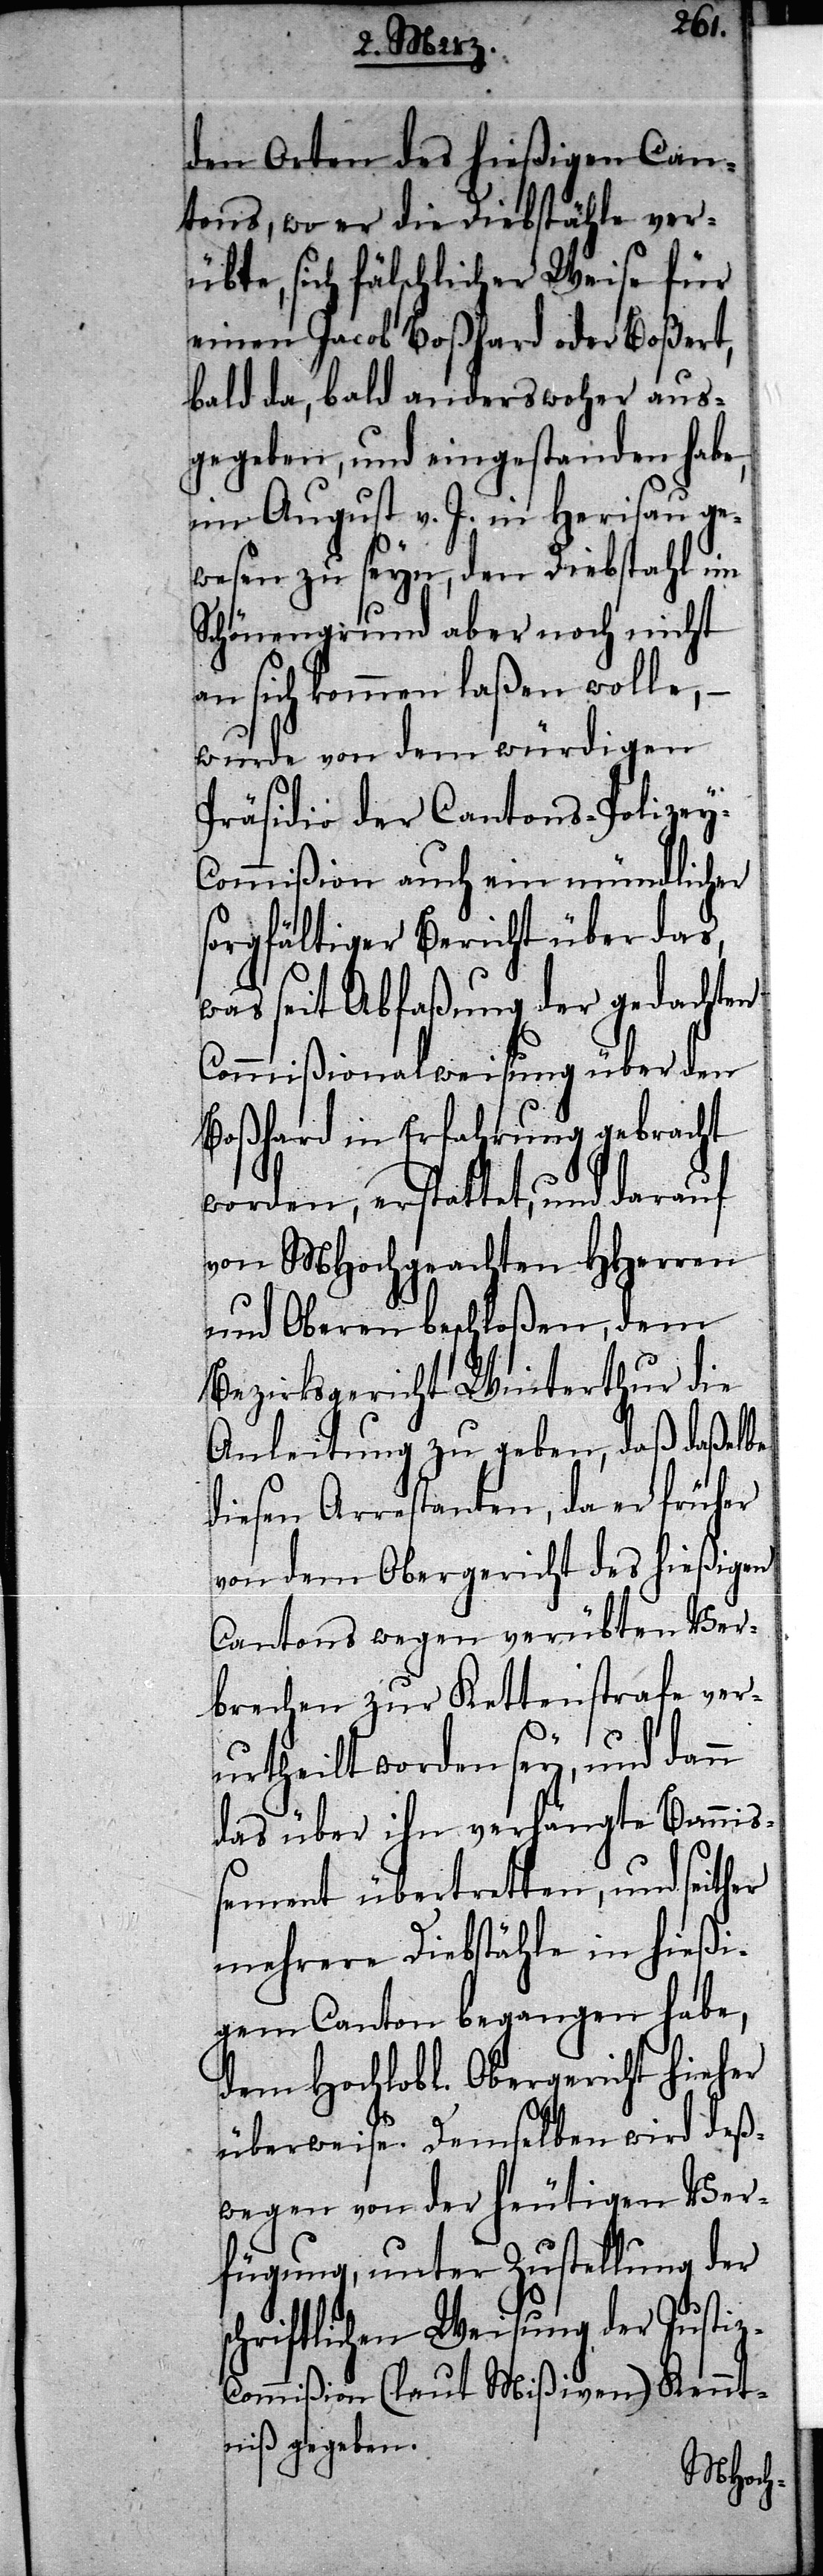
z-C¬
den Orten des hießigen Can¬
tons, wo er die Diebstähle ver¬
übte, sich fälschlicher Weise für
einen Jacob Boßhard oder Boßert,
bald da, bald anderswoher aus¬
gegeben, und eingestanden habe,
im August v. J. in Herisau ge¬
wesen zu seyn, den Diebstahl im
Schönengrund aber noch nicht
an sich kommen laßen wolle, –
wurde von dem würdigen
Präsidio der Cantons-Polizey-C¬
ommißion auch ein mündlicher
sorgfältiger Bericht über das,
was seit Abfaßung der gedachten
Commißionalweisung über den
Boßhard in Erfahrung gebracht
worden, erstattet, und darauf
von MHochgeachten HHerren
und Oberen beschloßen, dem
Bezirksgericht Winterthur die
Anleitung zu geben, daß daßelbe
diesen Arrestanten, da er früher
von dem Obergericht des hießigen
Cantons wegen verübten Ver¬
brechen zur Kettenstrafe ver¬
urtheilt worden sey, und dann
das über ihn verhängte Banniß¬
ement übertretten, und seither
mehrere Diebstähle in hießi¬
gem Canton begangen habe,
dem Hochlobl. Obergericht hieher
überweise. Demselben wird deß¬
wegen von der heutigen Ver¬
fügung, unter Zustellung der
schriftlichen Weisung der Justi¬
ommißion (laut Mißiven) Kennt¬
niß gegeben.